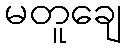
မတူချေ